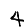
Digit: 4